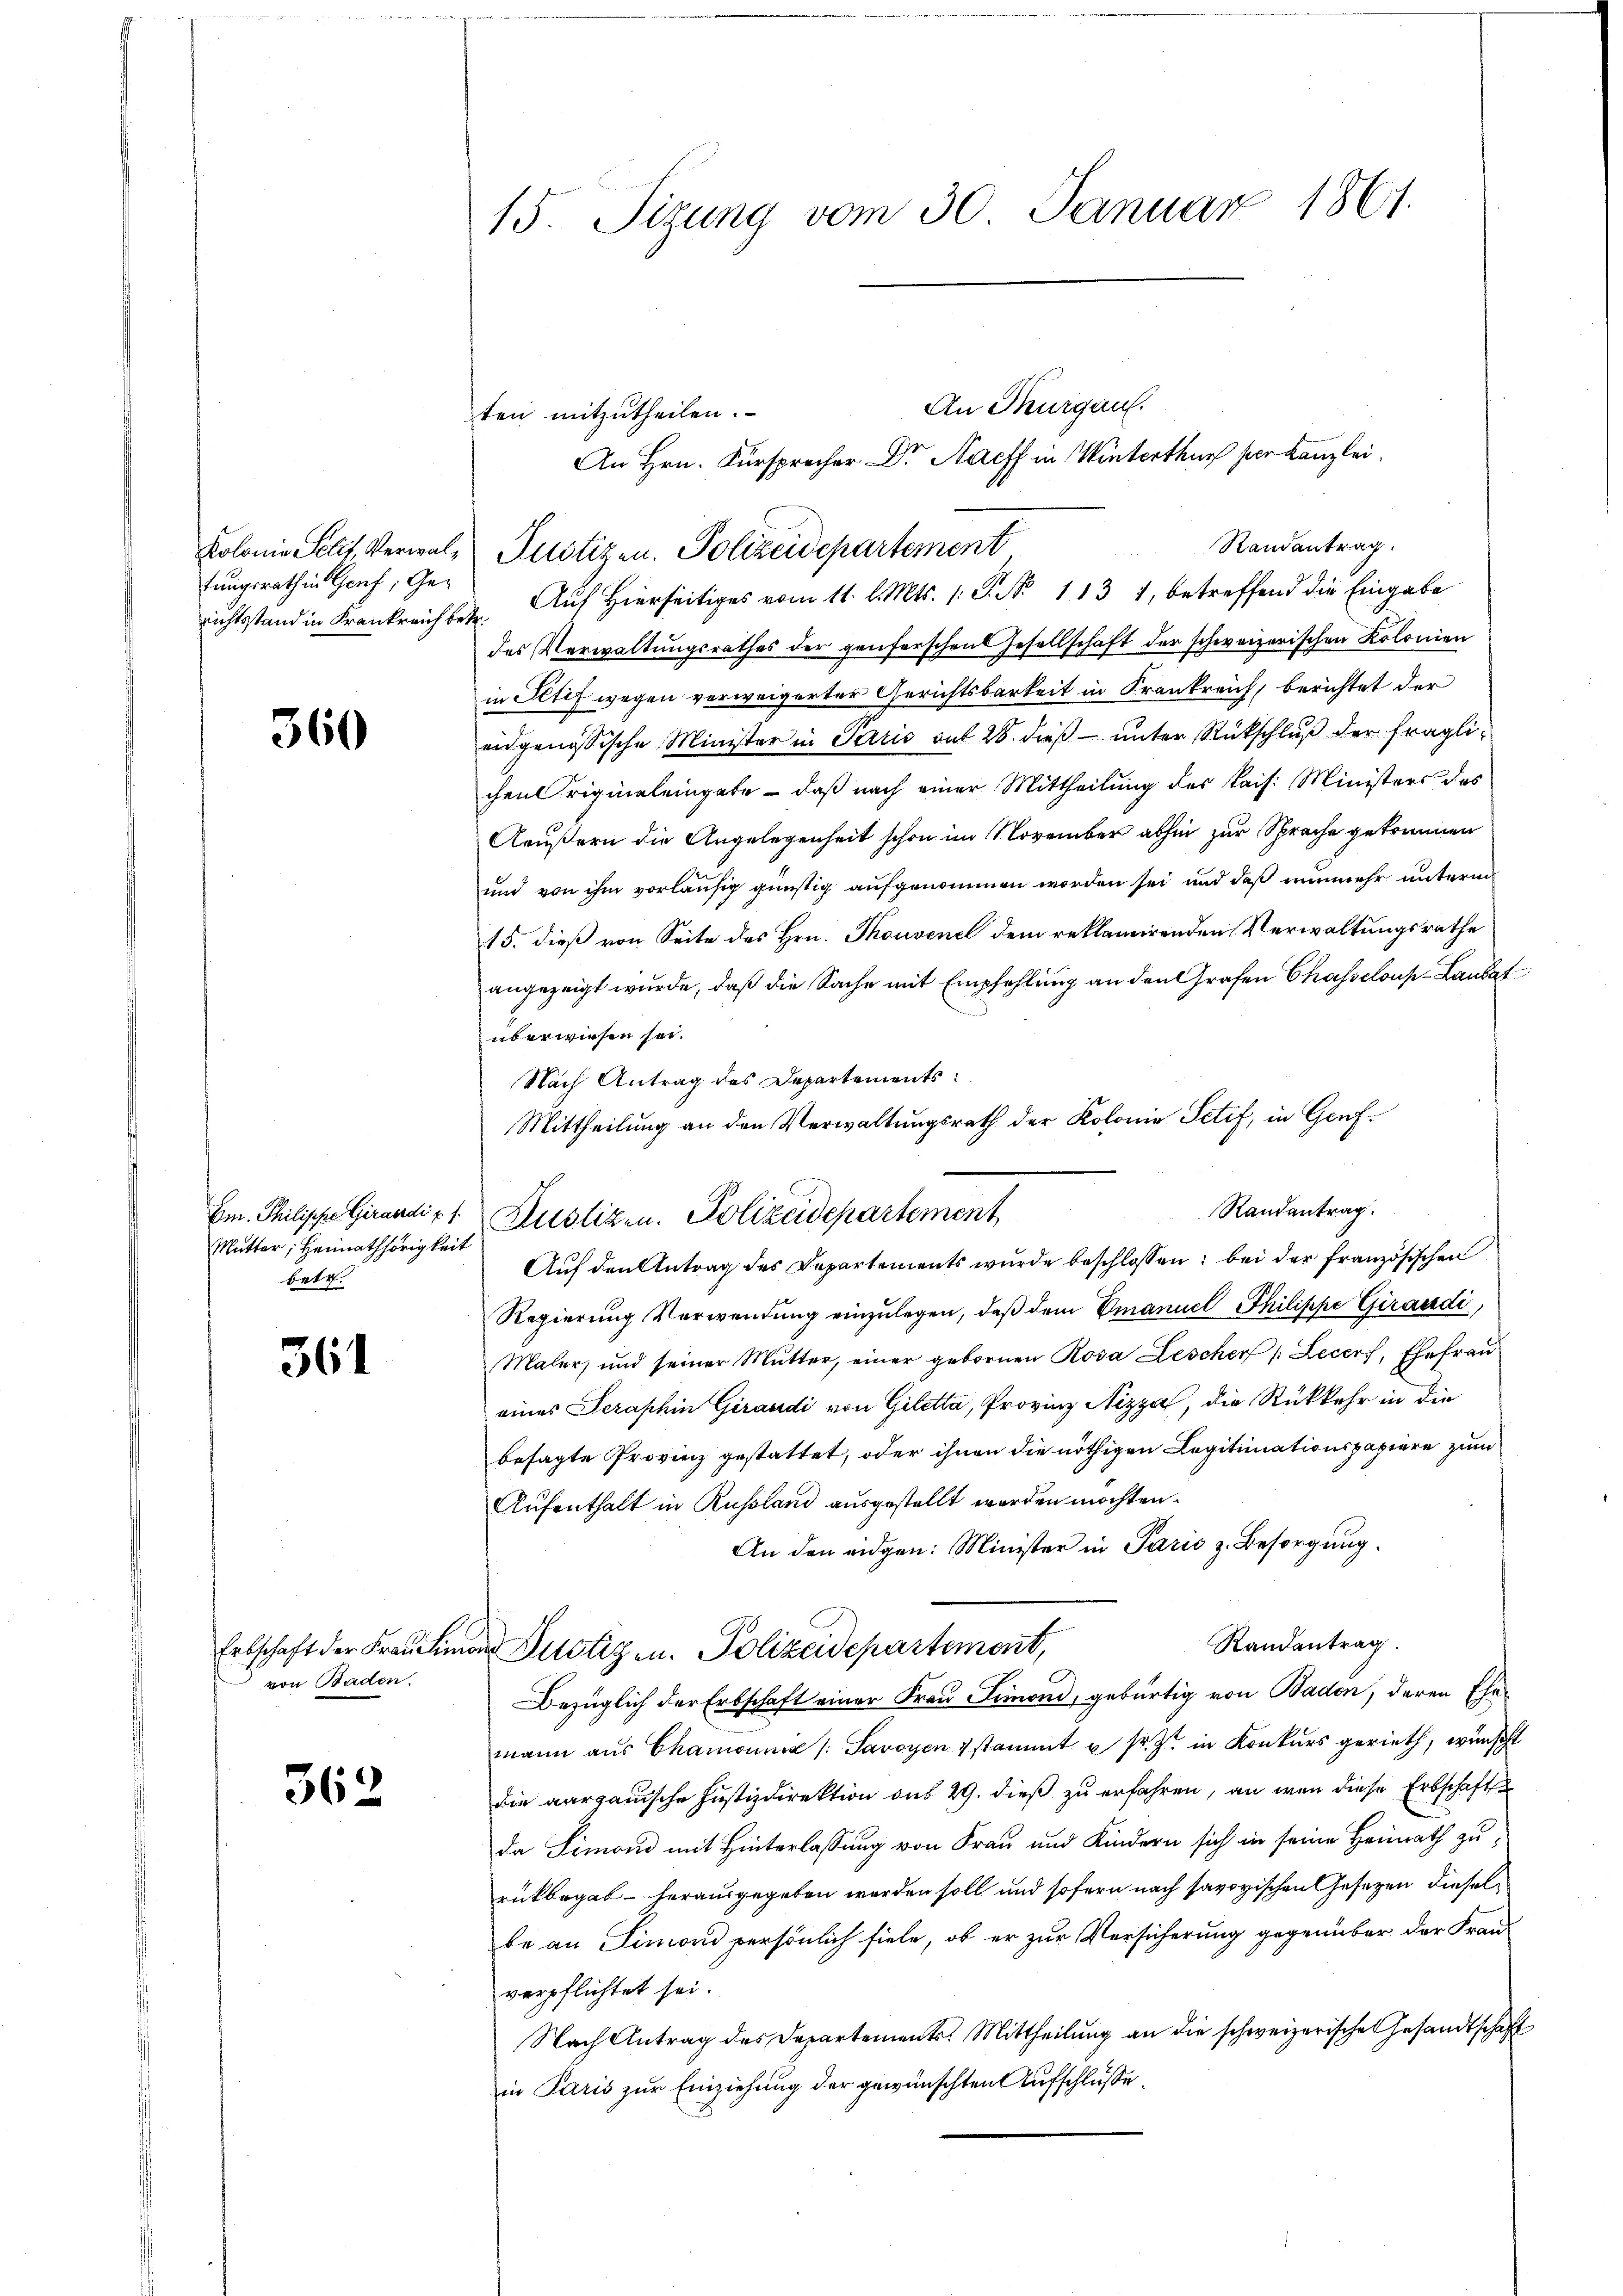
Kolonie Polit, Verwalfungsrath in Genf, Gerichtsstand in Krankreich be¬

360

Em. Philische Girardi u. s.
Mutter; Heimathörigkeit
betr.

361

Erbschaft der Frau Lin
von Baden.

362

15. Sitzung vom 30. Januar 1861.

An Thurgau.
An Hrn. Fürsprecher Dr. Nach in Winterthur her Kanzlei.
Randantrag.
Rustizen. Polizeidepartement
2. Auf Hierseitiges vom 11. l. Mts. s. S. No 113 1, betreffend die Eingabe
des Verwaltungsrathes der genferschen Gesellschaft der schweizerischen Kolonien
in Stif wegen verweigerter Gerichtsbarkeit in Krankreich, berichtet der
eidgenössische Minister in Paris auf 28. dieß – unter Rückschluß der fraglichen riginaleingete - daß nach einer Mittheilung des Kais. Ministers des
Aeußern die Angelegenheit schon im November abhin zur Sprache gekommen
und von ihm vorläufig günstig aufgenommen worden sei und daß nunmehr unterm
15. dieß von Seite des Hrn. Thouvent dem reklamirenden Verwaltungsrathe
angezeigt wurde, daß die Sache mit Empfehlung an den Grafen Chasselons Laudat
überwiesen sei.
Nach Antrag des Departements¬
Auf den Antrag des Departements wurde beschlossen: bei der französischen
Regierung Verwendung einzŭlegen, daß dem Emanuel Philippe Girardi,
Maler, und seiner Mutter, einer gebornen Rosa Gescher /: Lecerf, Ehefrau
eines Seraphin Girandi von Giletta, Provinz Nizza, die Rückkehr in die
besagte Provinz gestattet, oder ihnen die nöthigen Legitimationspapiere zum
Aufenthalt in Russland ausgestellt werden möchten.
An den eidgen: Minister in Paris z. Besorgung.
Randantrag.
on Justiz u. Polizeidepartement,
Bezüglich der Erbschaft einer Frau Simond, gebürtig von Baden, deren Ehe-
mann aus Chamonia /: Savoyen 4 stammt u. sr. Zt. in Konkurs gerieth, wünscht
die aargauische Justizdirektion sub 29. dieß zu erfahren, an wenn diese Erbschaft
da Simond mit Hinterlassung von Frau und Kindern sich in seine Heimath zurükbegab - herausgegeben werden soll und sofern nach savoyischen Gesetzen dieselbe an Simoni persönlich fiele, ob er zur Versicherung gegenüber der Franverpflichtet sei.
Nach Antrag des Departements. Mittheilung an die schweizerische Gesandtschaft
in Paris zur Einziehung der gewünschten Aufschlüße.

ten mitzutheilen.

Mittheilung an den Verwaltungsrath der Kolonie Petif, in Genf¬
Randantrag.
Justizen. Polizeidepartement